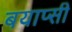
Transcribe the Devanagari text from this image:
बयाप्सी